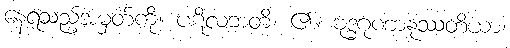
နေရသည့်အမှတ်ကို။ ပဋိလဘတိ၊ ၏။ ဗုဒ္ဓဂုဏာနုဿတိယာ၊